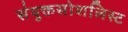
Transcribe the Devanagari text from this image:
संयुक्तसोशलिस्ट